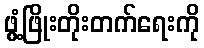
ဖွံ့ဖြိုးတိုးတက်ရေးကို